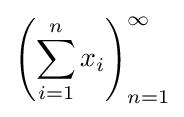
\left(\sum _{i=1}^{n}x_{i}\right)_{n=1}^{\infty }